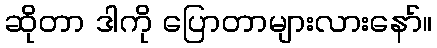
ဆိုတာ ဒါကို ပြောတာများလားနော်။